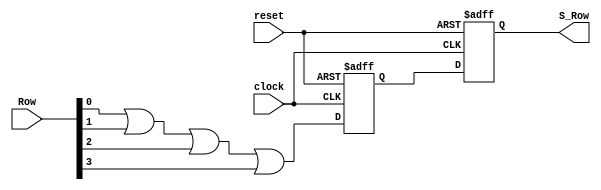
`timescale 1ns / 1ps
//////////////////////////////////////////////////////////////////////////////////
// Company: 
// Engineer: 
// 
// Design Name: 
// Module Name: Synchronizer
// Project Name: 
// Target Devices: 
// Tool Versions: 
// Description: 
// 
// Dependencies: 
// 
// Revision:
// Revision 0.01 - File Created
// Additional Comments:
// 
//////////////////////////////////////////////////////////////////////////////////


module Synchronizer(
    input [3:0] Row,
    input clock,
    input reset,
    output reg S_Row
    );
    reg A_Row;
    
    always @ (negedge clock or posedge reset)
    begin
    if (reset) 
    begin 
    A_Row <= 0;
    S_Row <= 0;
    end
    else 
    begin 
    A_Row <= (Row[0] || Row[1] || Row[2] || Row[3]);
    S_Row <= A_Row;
    end 
    end
        
endmodule